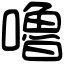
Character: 嚕